DOW-UAP-D48, Department of the Air Force Report, 1996
Agency: Department of War
Incident date: 9/10/96
Page 94
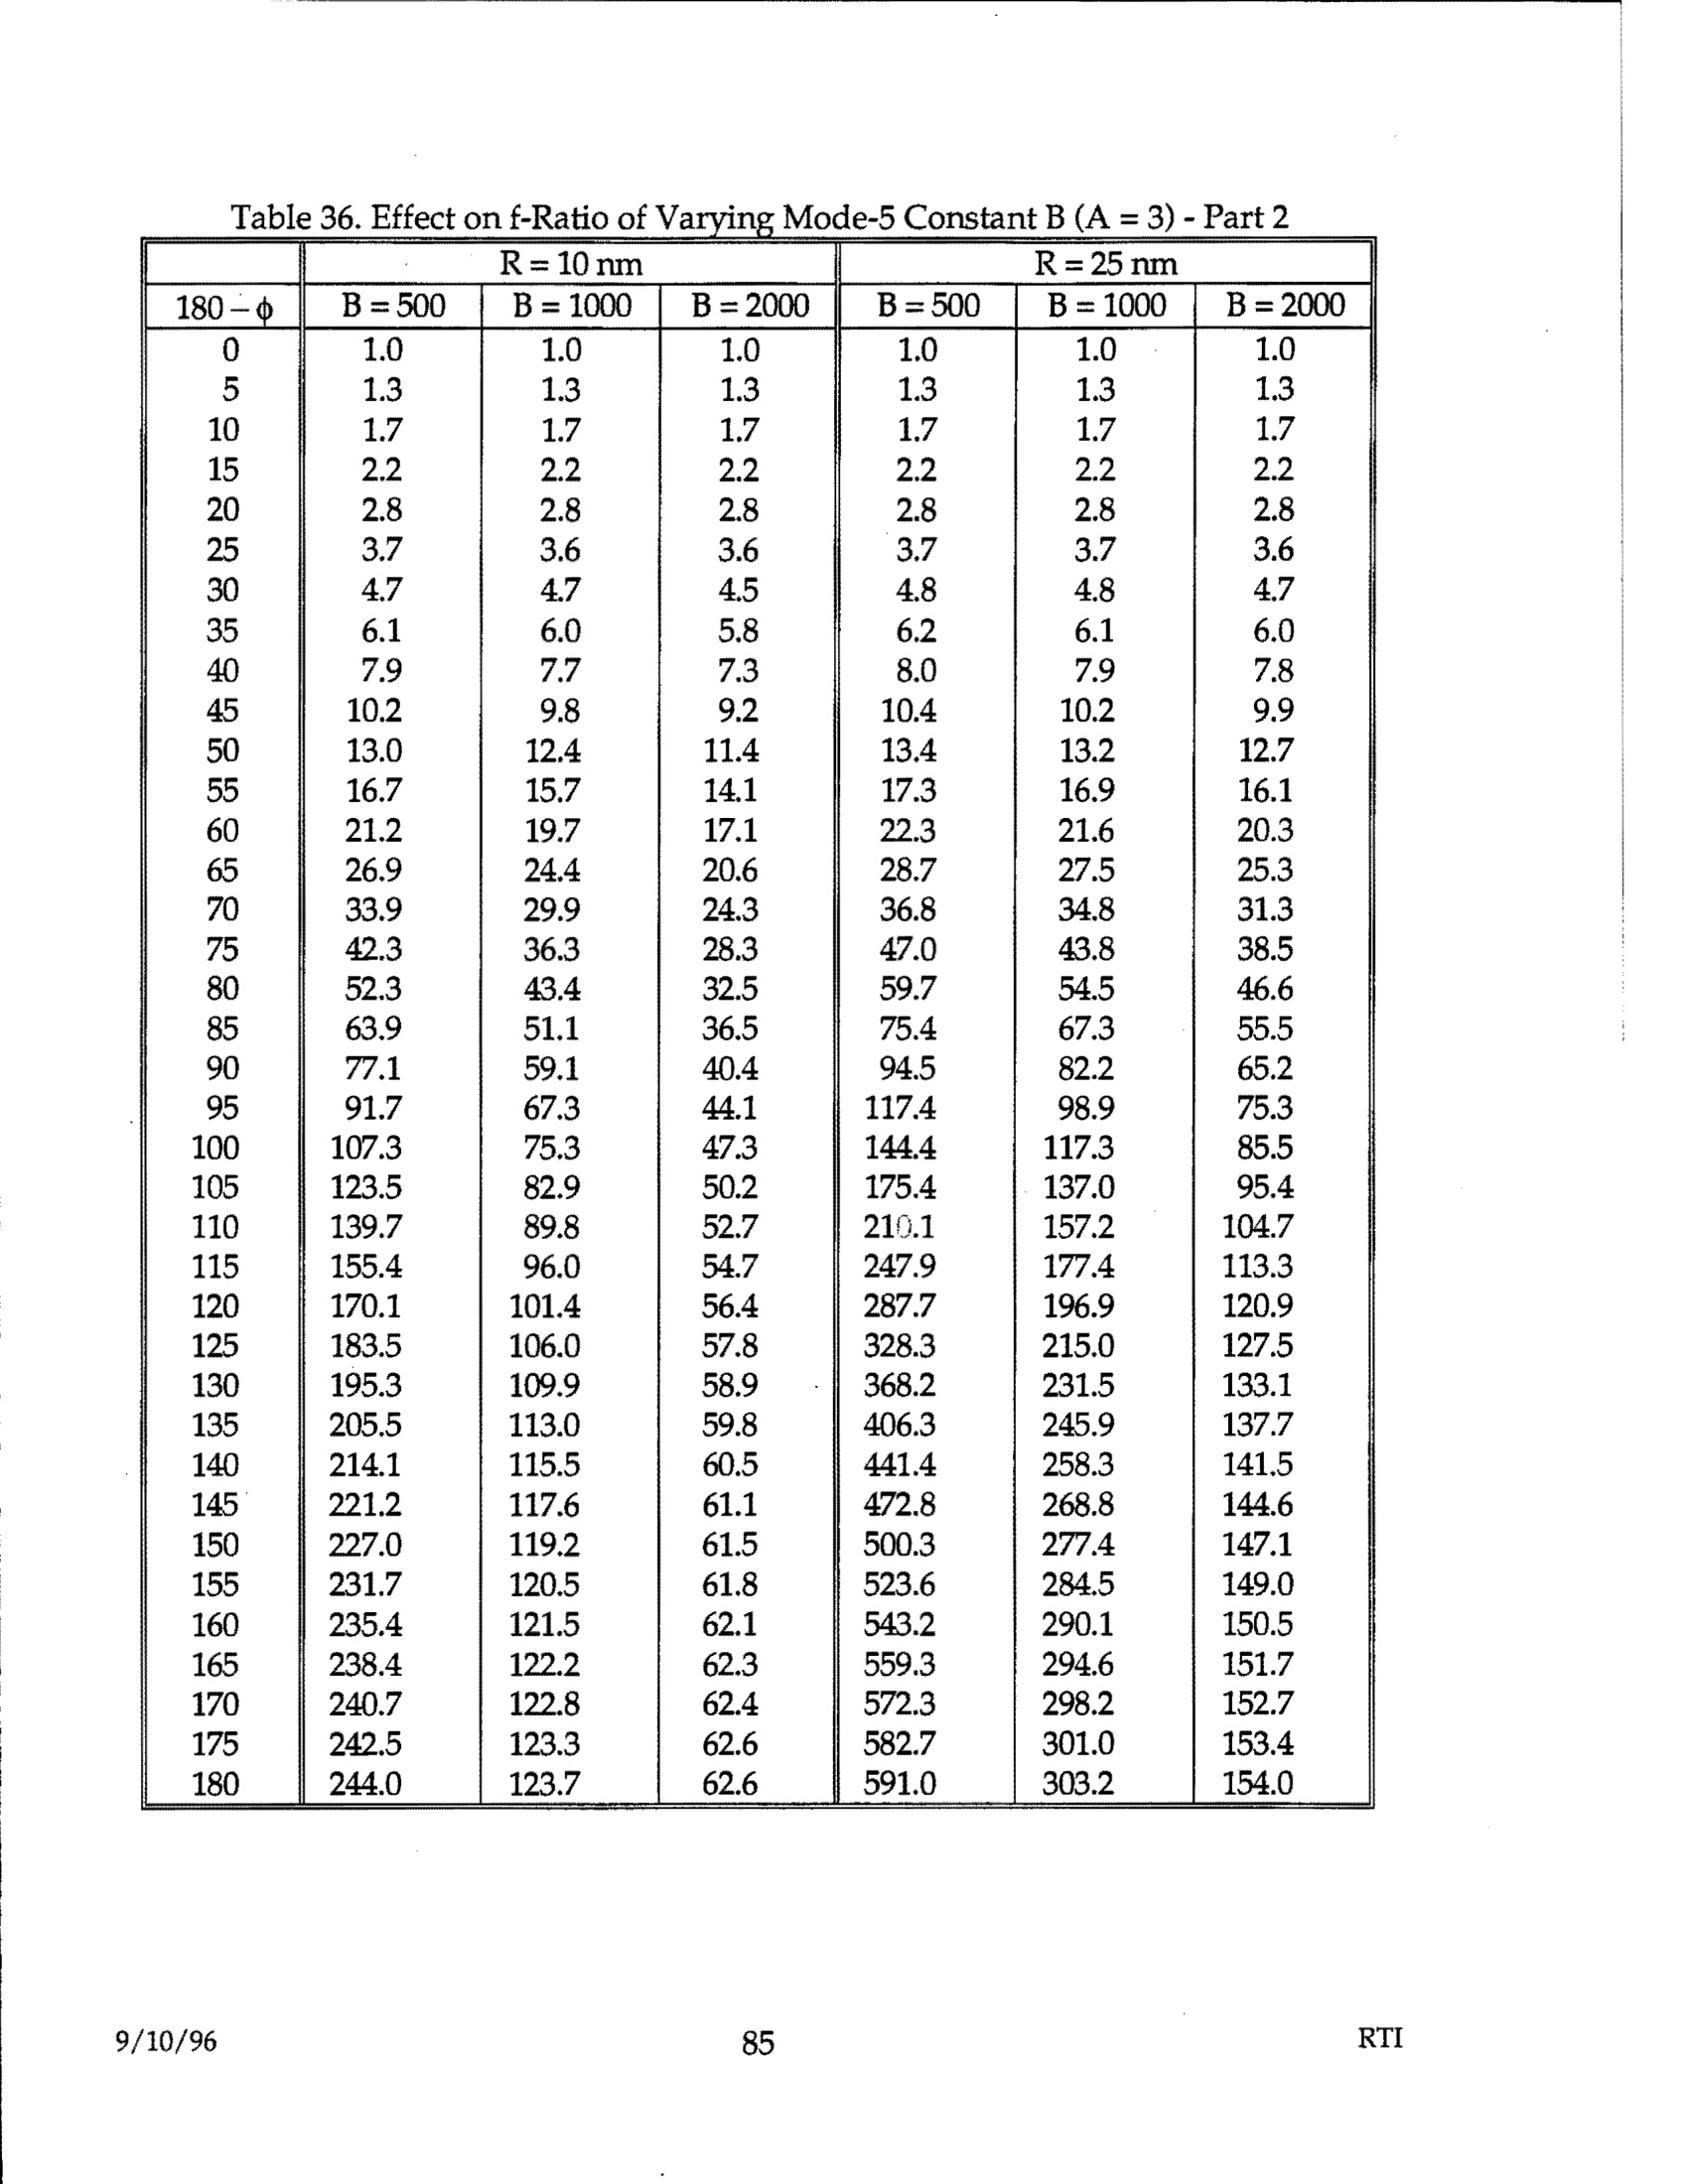